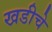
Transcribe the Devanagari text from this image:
खडीचे